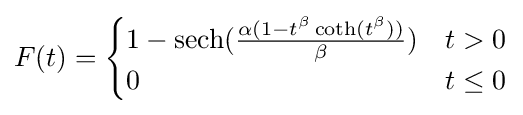
F(t)={\begin{cases}1-\operatorname {sech} ({\frac {\alpha (1-t^{\beta }\operatorname {coth} (t^{\beta }))}{\beta }})&t>0\\0&t\leq 0\end{cases}}